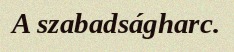
A szabadságharc.